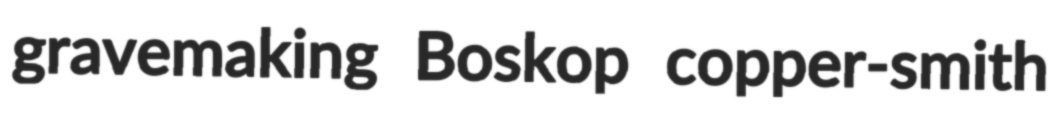
gravemaking Boskop copper-smith